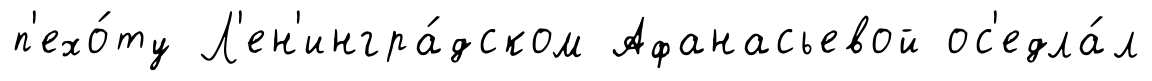
п'ехо́ту Л'ен'ингра́дском Афанасьевой ос'едла́л